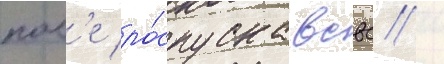
посл'е ро́спуска всвс /